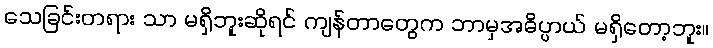
သေခြင်းတရား သာ မရှိဘူးဆိုရင် ကျန်တာတွေက ဘာမှအဓိပ္ပာယ် မရှိတော့ဘူး။